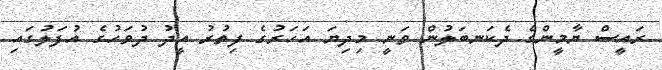
ރައީސް ޔާމީންގެ ދެކަނބަލުން ވަނީ މިދިޔަ އަހަރުގެ ފިތުރު އީދު ދުވަހުގެ އުފަލުގައި